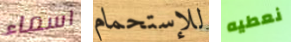
اسماء للإستحمام نعطيه